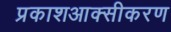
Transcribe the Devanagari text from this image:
प्रकाशआक्सीकरण